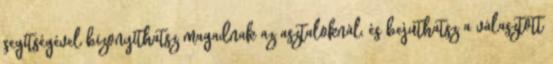
segítségével bizonyíthatsz magadnak az asztaloknál, és bejuthatsz a választott